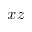
x z